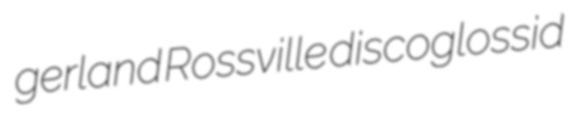
gerland Rossville discoglossid